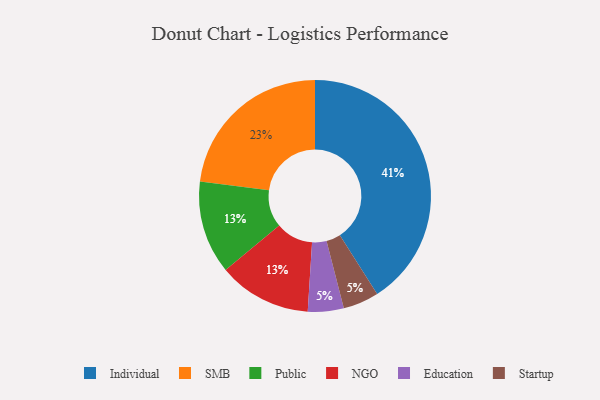
{"axis": {"x": "Category", "y": "Percentage"}, "legend": ["Education", "Individual", "NGO", "Public", "SMB", "Startup"], "data": [{"x": "Public", "y": 13, "type": "Public"}, {"x": "NGO", "y": 13, "type": "NGO"}, {"x": "SMB", "y": 23, "type": "SMB"}, {"x": "Individual", "y": 41, "type": "Individual"}, {"x": "Education", "y": 5, "type": "Education"}, {"x": "Startup", "y": 5, "type": "Startup"}]}